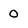
Character: o